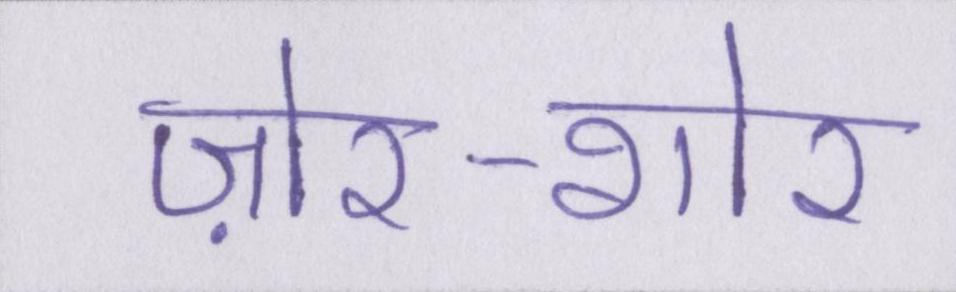
ज़ोर-शोर